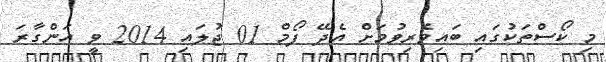
މި ކޯސްތަކުގައި ބައިވެރިވުމަށް އެދޭ ފޯމް 01 ޖުލައި 2014 ވީ އަންގާރަ